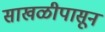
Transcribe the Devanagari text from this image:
साखळीपासून